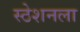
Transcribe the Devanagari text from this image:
स्ठेशनला